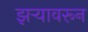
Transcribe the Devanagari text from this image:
झऱ्यावरून